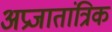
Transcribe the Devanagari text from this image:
अप्रजातांत्रिक